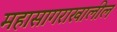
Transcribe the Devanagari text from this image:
महासागराखालील